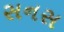
સનસ